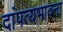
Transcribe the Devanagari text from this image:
दांपत्यभावना